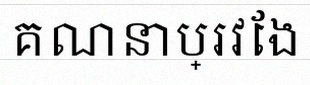
គណនាប្រវែង